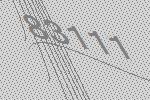
83111